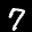
Label: 7